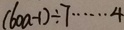
( 6 0 a - 1 ) \div 7 \cdots 4